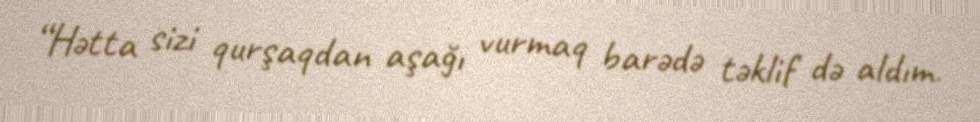
“Hətta sizi qurşaqdan aşağı vurmaq barədə təklif də aldım.